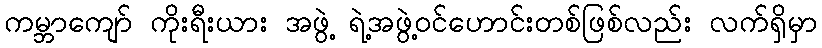
ကမ္ဘာကျော် ကိုးရီးယား အဖွဲ့ ရဲ့အဖွဲ့ဝင်ဟောင်းတစ်ဖြစ်လည်း လက်ရှိမှာ